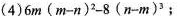
(4)$$ 6m ( m-n ) 2-8 ( n-m )3$$；